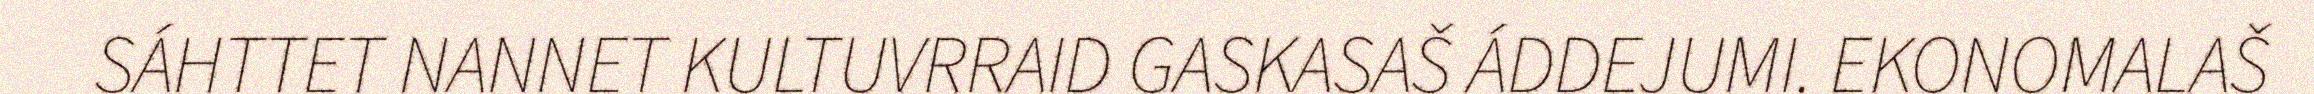
SÁHTTET NANNET KULTUVRRAID GASKASAŠ ÁDDEJUMI. EKONOMALAŠ